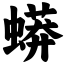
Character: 蟒